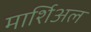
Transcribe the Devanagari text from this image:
मार्शिअल